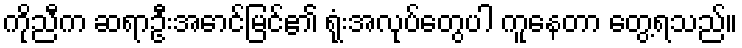
ကိုညီက ဆရာဦးအောင်မြင်၏ ရုံးအလုပ်တွေပါ ကူနေတာ တွေ့ရသည်။